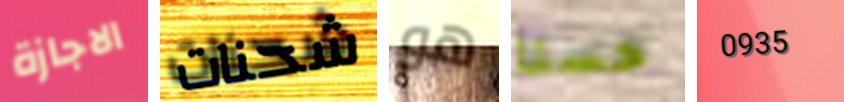
الاجازة شحنات هو حسنا 0935